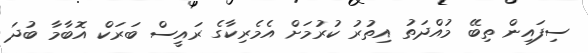
ސިފައިން ތިބޭ މުއްދަތު އިތުރު ކުރުމަށް އެމެރިކާގެ ރައީސް ބަރަކް އޮބާމާ ބުދަ